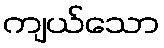
ကျယ်သော